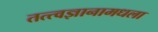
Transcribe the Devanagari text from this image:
तत्त्वज्ञानामधला